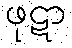
ဖုဋာ